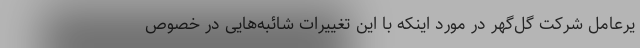
یرعامل شرکت گل‌گهر در مورد اینکه با این تغییرات شائبه‌هایی در خصوص